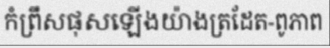
កំព្រឹសផុសឡើងយ៉ាងត្រដែត-ពូភាព